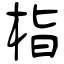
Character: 栺